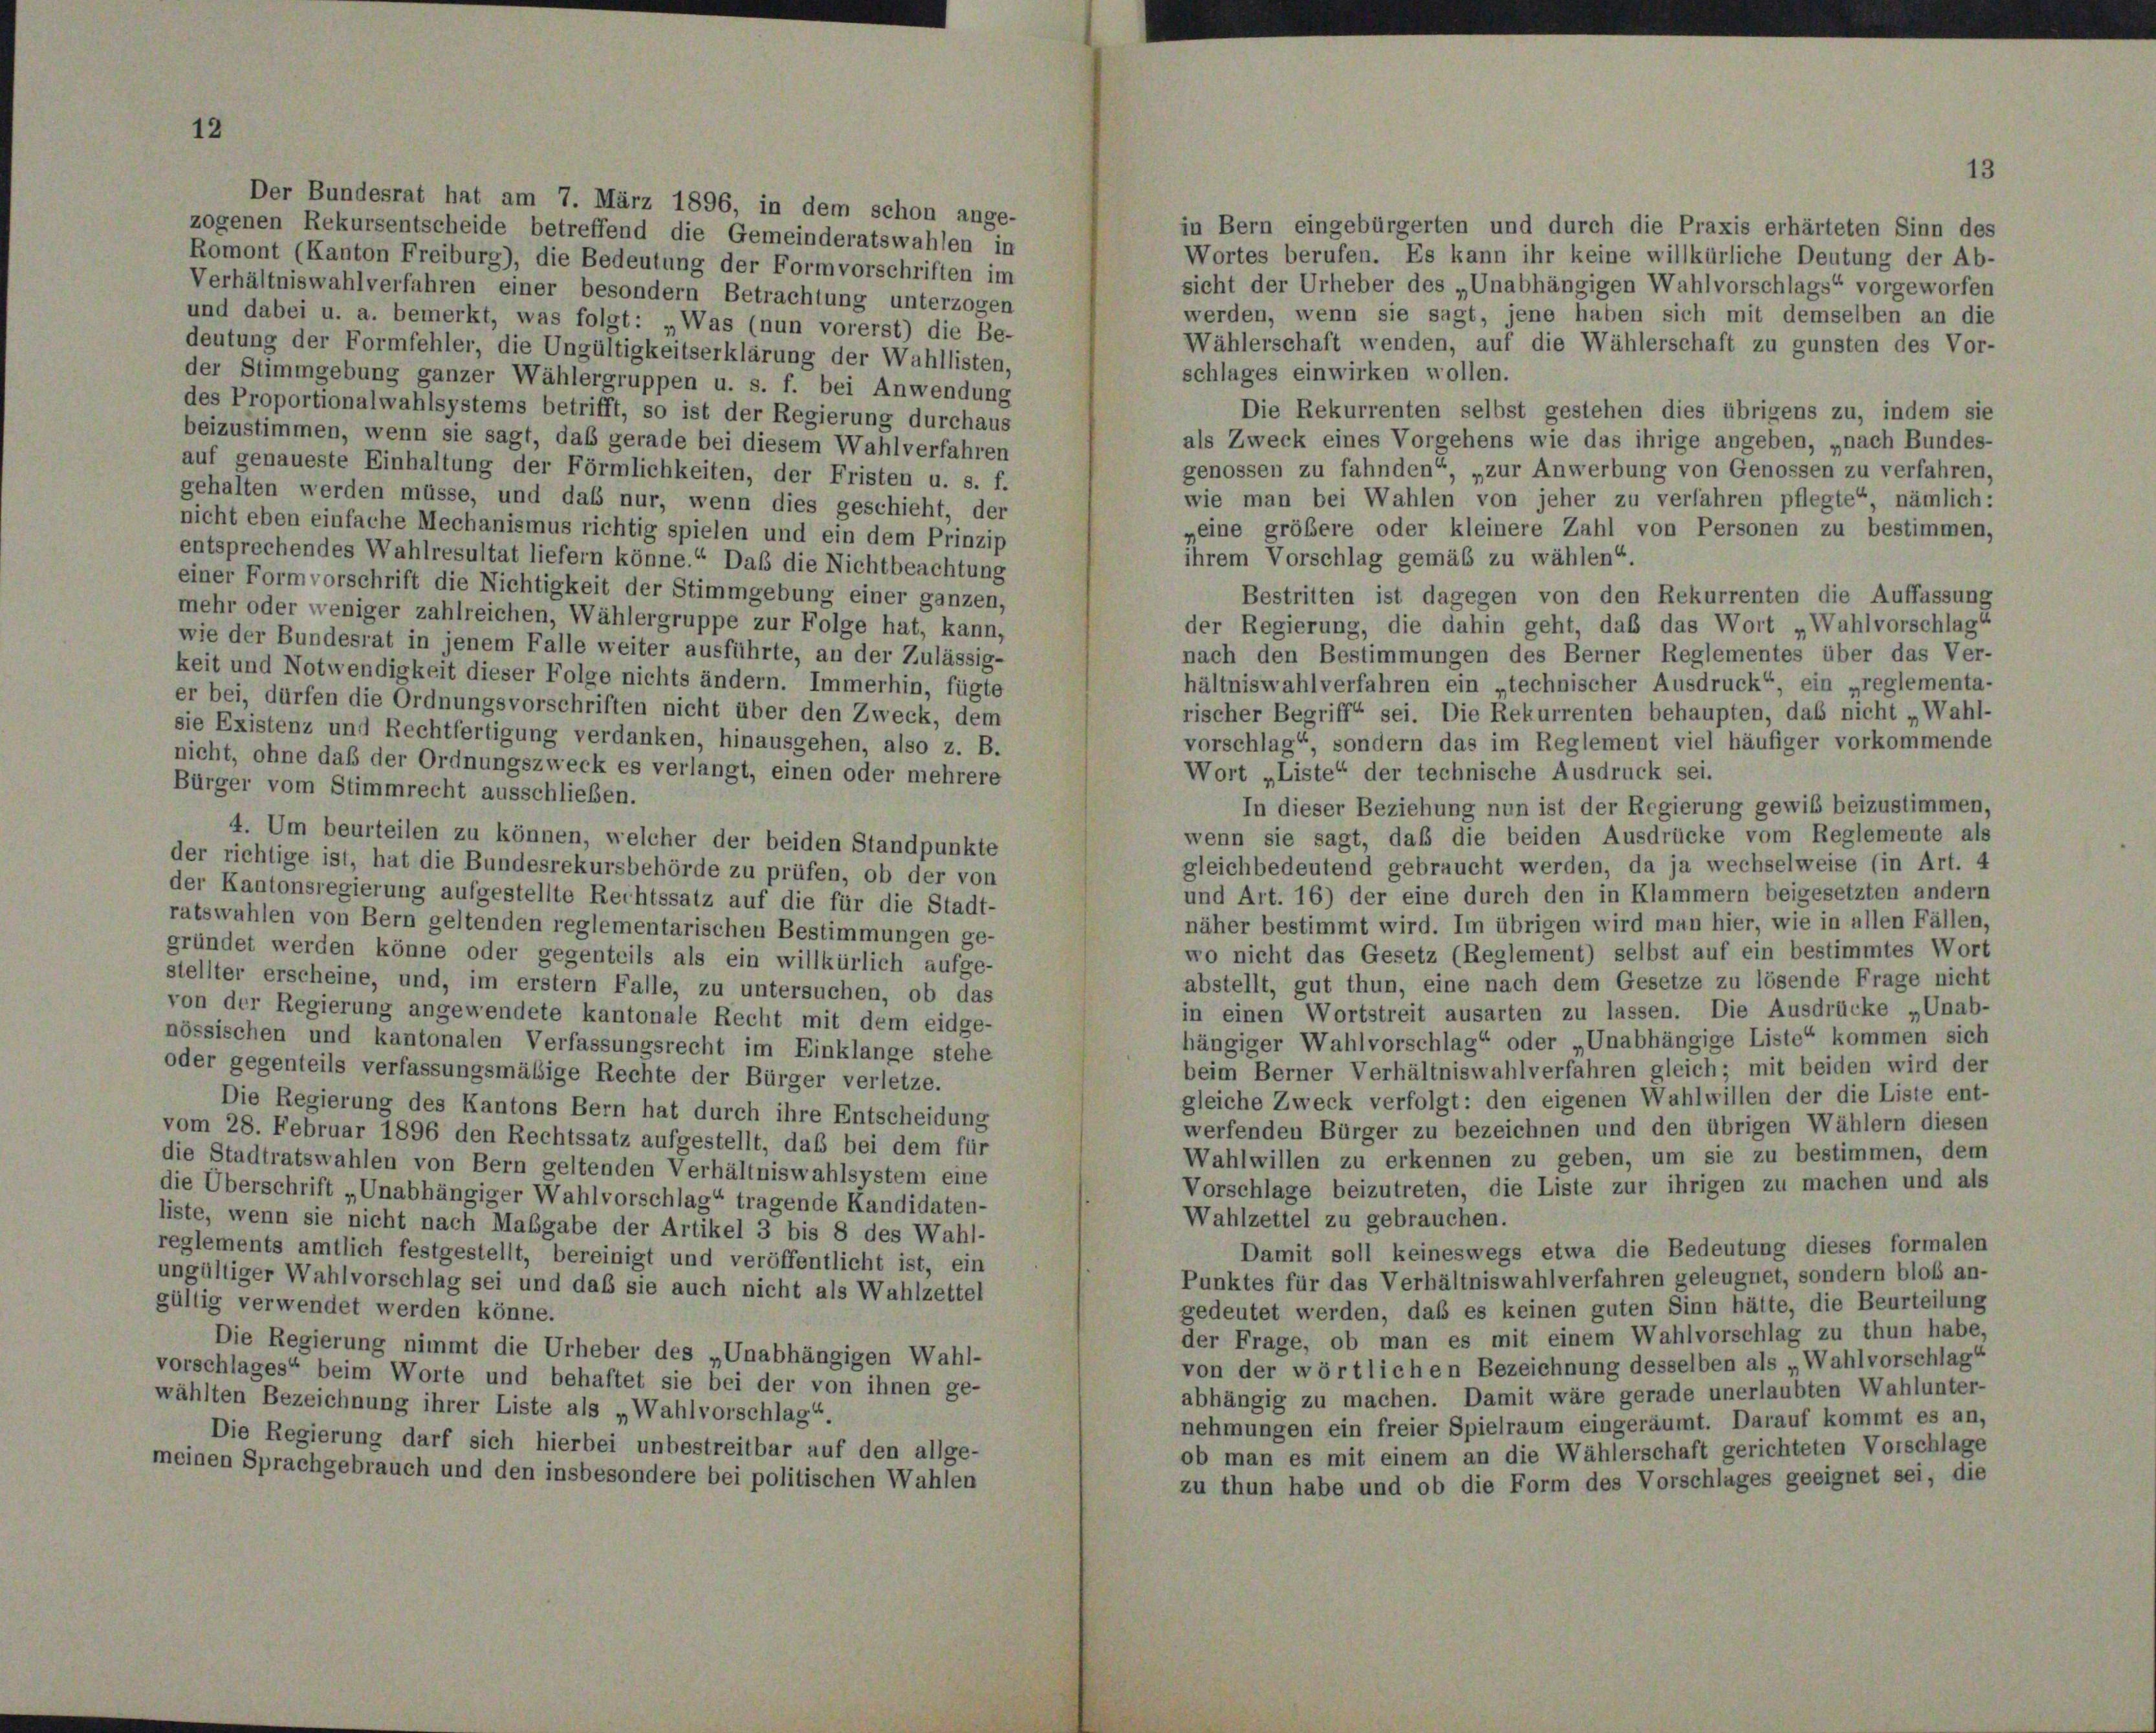
12

Der Bundesrat hat am 7. März 1896, in dem schon ange-

13

in Bern eingebürgerten und durch die Praxis erhärteten Sinn des
zogenen Rekursentscheide betreffend die Gemeinderatswahlen in
Wortes berufen. Es kann ihr keine willkürliche Deutung der Ab-
Romont (Kanton Freiburg), die Bedeutung der Formvorschriften im
sicht der Urheber des „Unabhängigen Wahlvorschlags“ vorgeworfen
Verhältniswahlverfahren einer besondern Betrachtung unterzogen
werden, wenn sie sagt, jene haben sich mit demselben an die
und dabei u. a. bemerkt, was folgt: „Was (nun vorerst) die Be-
Wählerschaft wenden, auf die Wählerschaft zu gunsten des Vor-
deutung der Formfehler, die Ungültigkeitserklärung der Wahllisten,
schlages einwirken wollen.
der Stimmgebung ganzer Wählergruppen u. s. f. bei Anwendung
des Proportionalwahlsystems betrifft, so ist der Regierung durchaus
Die Rekurrenten selbst gestehen dies übrigens zu, indem sie
beizustimmen, wenn sie sagt, daß gerade bei diesem Wahlverfahren
als Zweck eines Vorgehens wie das ihrige angeben, „nach Bundes-
auf genaueste Einhaltung der Förmlichkeiten, der Fristen u. s. f.
genossen zu fahnden“, „zur Anwerbung von Genossen zu verfahren,
gehalten werden müsse, und daß nur, wenn dies geschieht, der
wie man bei Wahlen von jeher zu verfahren pflegte“, nämlich:
nicht eben einfache Mechanismus richtig spielen und ein dem Prinzip
„eine größere oder kleinere Zahl von Personen zu bestimmen,
entsprechendes Wahlresultat liefern könne.“ Daß die Nichtbeachtung
ihrem Vorschlag gemäß zu wählen“.
einer Formvorschrift die Nichtigkeit der Stimmgebung einer ganzen,
Bestritten ist dagegen von den Rekurrenten die Auffassung
mehr oder weniger zahlreichen, Wählergruppe zur Folge hat, kann,
der Regierung, die dahin geht, daß das Wort „Wahlvorschlag“
wie der Bundesrat in jenem Falle weiter ausführte, an der Zulässig-
nach den Bestimmungen des Berner Reglementes über das Ver-
keit und Notwendigkeit dieser Folge nichts ändern. Immerhin, fügte
hältniswahlverfahren ein „technischer Ausdruck“, ein „reglementa-
er bei, dürfen die Ordnungsvorschriften nicht über den Zweck, dem
rischer Begriff sei. Die Rekurrenten behaupten, das nicht „Wahl-
sie Existenz und Rechtfertigung verdanken, hinausgehen, also z. B.
vorschlag“, sondern das im Reglement viel häufiger vorkommende
nicht, ohne daß der Ordnungszweck es verlangt, einen oder mehrere
Wort „Liste“ der technische Ausdruck sei.
Bürger vom Stimmrecht ausschließen.
In dieser Beziehung nun ist der Regierung gewiß beizustimmen,
wenn sie sagt, daß die beiden Ausdrücke vom Reglemente als
4. Um beurteilen zu können, welcher der beiden Standpunkte
der richtige ist, hat die Bundesrekursbehörde zu prüfen, ob der von
gleichbedeutend gebraucht werden, da ja wechselweise (in Art. 4
und Art. 16) der eine durch den in Klammern beigesetzten andern
der Kantonsregierung aufgestellte Rechtssatz auf die für die Stadt-
näher bestimmt wird. Im übrigen wird man hier, wie in allen Fällen,
ratswahlen von Bern geltenden reglementarischen Bestimmungen ge-
wo nicht das Gesetz (Reglement) selbst auf ein bestimmtes Wort
gründet werden könne oder gegenteils als ein willkürlich aufge-
abstellt, gut thun, eine nach dem Gesetze zu lösende Frage nicht
stellter erscheine, und, im erstem Falle, zu untersuchen, ob das
in einen Wortstreit ausarten zu lassen. Die Ausdrücke „Unab-
von der Regierung angewendete kantonale Recht mit dem eidge-
hängiger Wahlvorschlag“ oder „Unabhängige Liste“ kommen sich
nössischen und kantonalen Verfassungsrecht im Einklange stehe
beim Berner Verhältniswahlverfahren gleich; mit beiden wird der
oder gegenteils verfassungsmäßige Rechte der Bürger verletze.
gleiche Zweck verfolgt: den eigenen Wahlwillen der die Liste ent-
Die Regierung des Kantons Bern hat durch ihre Entscheidung
werfenden Bürger zu bezeichnen und den übrigen Wählern diesen
vom 28. Februar 1896 den Rechtssatz aufgestellt, daß bei dem für
Wahlwillen zu erkennen zu geben, um sie zu bestimmen, dem
die Stadtratswahlen von Bern geltenden Verhältniswahlsystem eine
Vorschlage beizutreten, die Liste zur ihrigen zu machen und als
die Überschrift „Unabhängiger Wahlvorschlag“ tragende Kandidaten-
Wahlzettel zu gebrauchen.
liste, wenn sie nicht nach Maßgabe der Artikel 3 bis 8 des Wahl-
Damit soll keineswegs etwa die Bedeutung dieses formalen
reglements amtlich festgestellt, bereinigt und veröffentlicht ist, ein
Punktes für das Verhältniswahlverfahren geleugnet, sondern bloß an-
ungültiger Wahlvorschlag sei und daß sie auch nicht als Wahlzettel
gültig verwendet werden könne.
gedeutet werden, daß es keinen guten Sinn hätte, die Beurteilung
der Frage, ob man es mit einem Wahlvorschlag zu thun habe,
Die Regierung nimmt die Urheber des „Unabhängigen Wahl-
von der wörtlichen Bezeichnung desselben als „Wahlvorschlag
vorschlages“ beim Worte und behaftet sie bei der von ihnen ge-
abhängig zu machen. Damit wäre gerade unerlaubten Wahlunter-
wählten Bezeichnung ihrer Liste als „Wahlvorschlag“.
nehmungen ein freier Spielraum eingeräumt. Darauf kommt es an,
Die Regierung darf sich hierbei unbestreitbar auf den allge-
ob man es mit einem an die Wählerschaft gerichteten Vorschlage
meinen Sprachgebrauch und den insbesondere bei politischen Wahlen
zu thun habe und ob die Form des Vorschlages geeignet sei, die